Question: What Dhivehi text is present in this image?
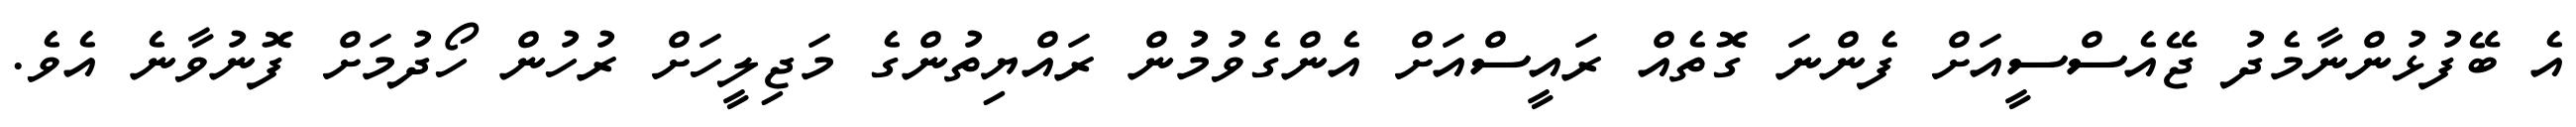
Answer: އެ ބޭފުޅުންނާމެދު ޖޭއެސްސީއަށް ފެންނަ ގޮތެއް ރައީސްއަށް އެންގެވުމުން ރައްޔިތުންގެ މަޖިލީހަށް ރުހުން ހޯދުމަށް ފޮނުވާނެ އެވެ.